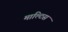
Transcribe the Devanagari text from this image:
माल्टिस